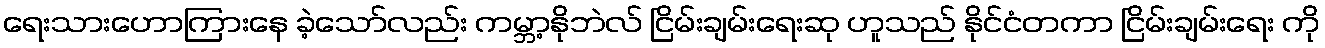
ရေးသားဟောကြားနေ ခဲ့သော်လည်း ကမ္ဘာ့နိုဘဲလ် ငြိမ်းချမ်းရေးဆု ဟူသည် နိုင်ငံတကာ ငြိမ်းချမ်းရေး ကို